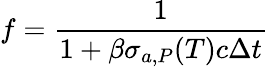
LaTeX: f=\frac{1}{1+\beta\sigma_{a,P}(T)c\Delta t}